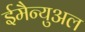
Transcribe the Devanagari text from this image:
ईमैन्युअल